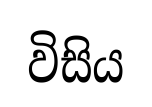
විසිය